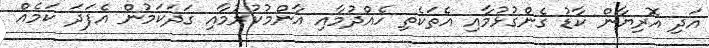
އަދި އޮރިޔާން ކާޑު ގެންގުޅުމާއި އެތަކެތި ހެއްދުމާއި އާންމުކުރުމާއި ގަދަކަމުން އެފަދަ ކަމެއް